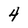
Character: 4